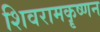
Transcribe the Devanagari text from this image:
शिवरामकॄष्णन